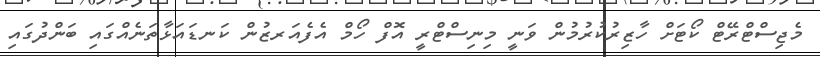
މެޖިސްޓްރޭޓް ކޯޓަށް ހާޒިރުކުރުމުން ވަނީ މިނިސްޓްރީ އޮފް ހޯމް އެފެއަރޒުން ކަނޑައަޅާތަނެއްގައި ބަންދުގައި